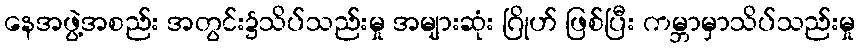
နေအဖွဲ့အစည်း အတွင်း၌သိပ်သည်းမှု အများဆုံး ဂြိုဟ် ဖြစ်ပြီး ကမ္ဘာမှာသိပ်သည်းမှု